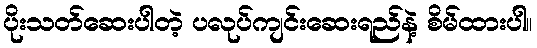
ပိုးသတ်ဆေးပါတဲ့ ပလုပ်ကျင်းဆေးရည်နဲ့ စိမ်ထားပါ။